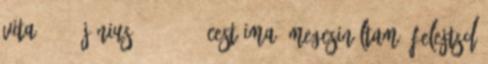
vita 2018. június 6., 22:19 CEST Ima: megcsináltam. Felejtsd